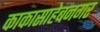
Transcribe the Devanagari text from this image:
काकासाहेबनगर